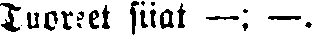
Tuoreet siiat —; —.